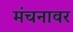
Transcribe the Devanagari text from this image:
मंचनावर